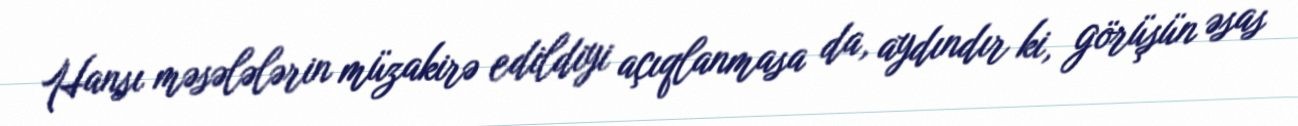
Hansı məsələlərin müzakirə edildiyi açıqlanmasa da, aydındır ki, görüşün əsas